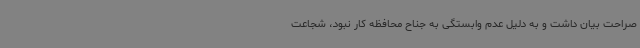
صراحت بیان داشت و به دلیل عدم وابستگی به جناح محافظه کار نبود، شجاعت